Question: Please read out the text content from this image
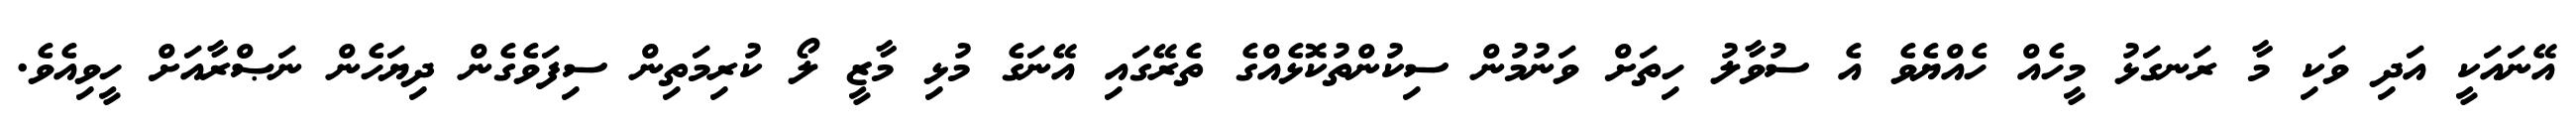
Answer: އޭނައަކީ އަދި ވަކި މާ ރަނގަޅު މީހެއް ހެއްޔެވެ އެ ސުވާލު ހިތަށް ވަނުމުން ސިކުންތުކޮޅެއްގެ ތެރޭގައި އޭނަގެ މުޅި މާޒީ ލޯ ކުރިމަތިން ސިފަވެގެން ދިޔަހެން ނަޞްރާއަށް ހީވިއެވެ.